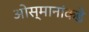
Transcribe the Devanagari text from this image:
ओस्मानांकडे